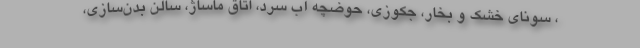
، سونای خشک و بخار، جکوزی، حوضچه آب سرد، اتاق ماساژ، سالن بدن‌سازی،